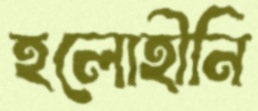
হলোহীনি